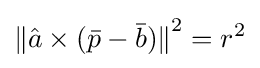
{\lVert {\hat {a}}\times ({\bar {p}}-{\bar {b}})\rVert }^{2}=r^{2}